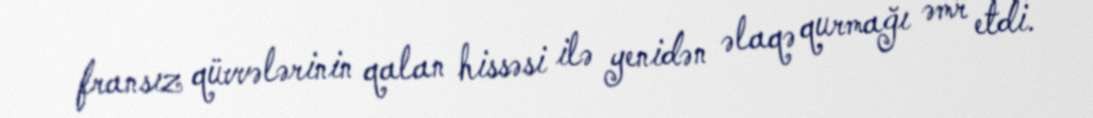
fransız qüvvələrinin qalan hissəsi ilə yenidən əlaqə qurmağı əmr etdi.